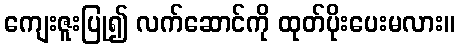
ကျေးဇူးပြု၍ လက်ဆောင်ကို ထုတ်ပိုးပေးမလား။